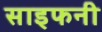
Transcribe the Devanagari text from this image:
साइफनी